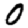
Digit: 0